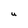
Character: U